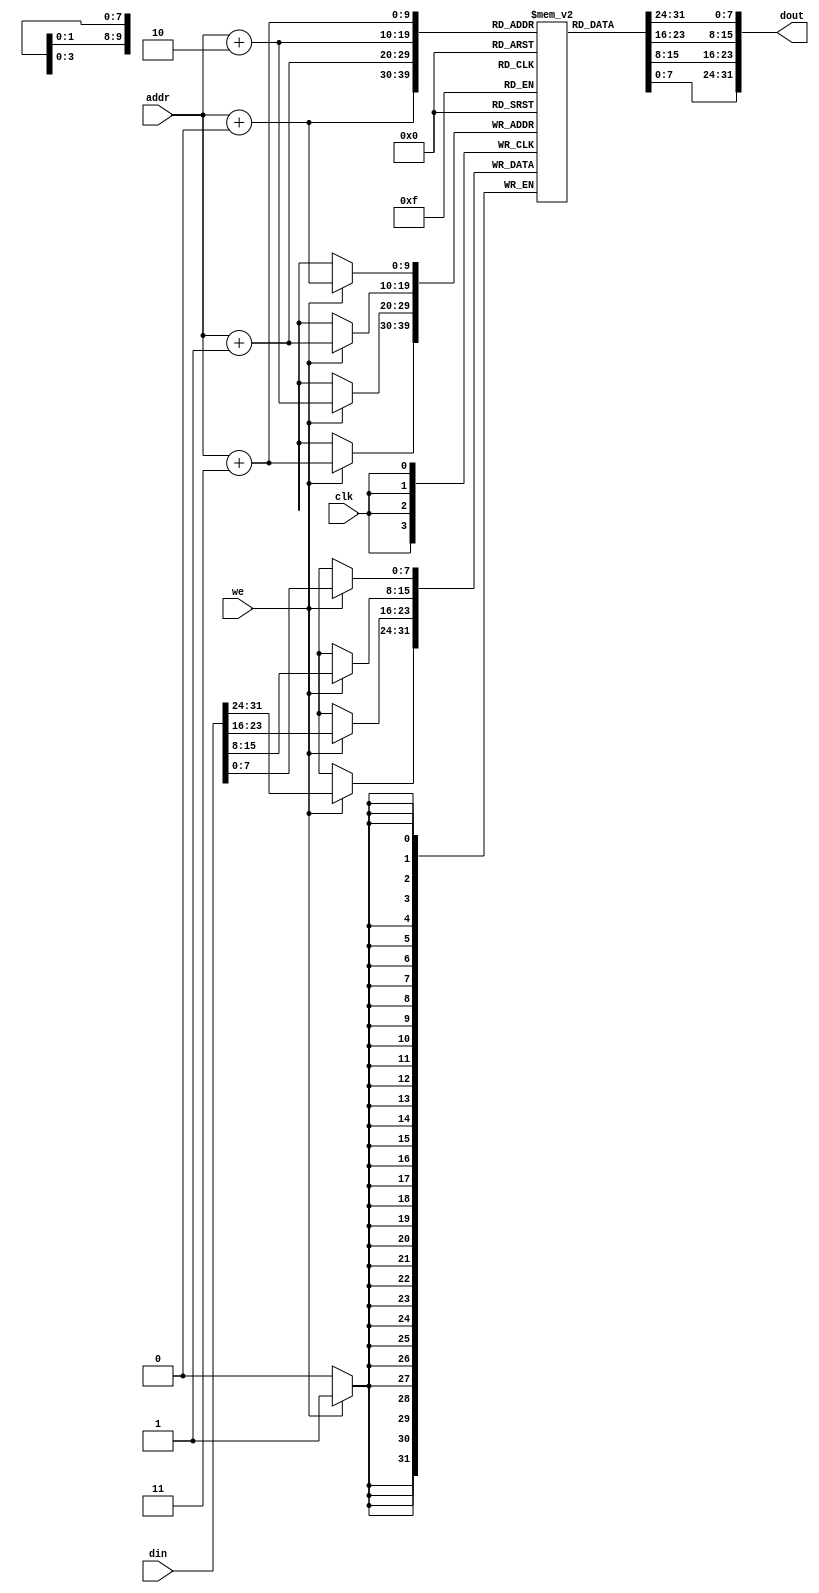
module dm_1k(addr,din,we,clk,dout);
  input [9:0] addr;
  input [31:0] din;
  input we;
  input clk;
  output [31:0]dout;
  reg[7:0] dm[1023:0];
  
  assign dout={dm[addr+3],dm[addr+2],dm[addr+1],dm[addr+0]};
  always@(posedge clk)
  begin
    if(we)
      {dm[addr+3],dm[addr+2],dm[addr+1],dm[addr+0]}<=din;
  end
  
  integer i=0;
  initial
  begin
    #5;
    for(i=0;i<1024;i=i+1)
      dm[i]<=32'h00000000;
    #5;
  end
endmodule